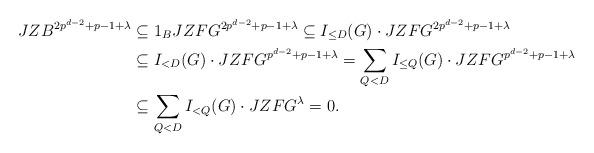
LaTeX: \begin{align*}JZB^{2p^{d-2}+p-1+\lambda}&\subseteq 1_BJZFG^{2p^{d-2}+p-1+\lambda}\subseteq I_{\le D}(G)\cdot JZFG^{2p^{d-2}+p-1+\lambda}\\&\subseteq I_{<D}(G)\cdot JZFG^{p^{d-2}+p-1+\lambda}=\sum_{Q<D}{I_{\le Q}(G)\cdot JZFG^{p^{d-2}+p-1+\lambda}}\\&\subseteq \sum_{Q<D}{I_{<Q}(G)\cdot JZFG^{\lambda}}=0.\end{align*}